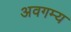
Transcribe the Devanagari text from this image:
अवगम्य